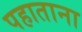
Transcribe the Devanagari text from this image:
पहाताना